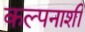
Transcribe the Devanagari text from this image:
कल्पनाशी